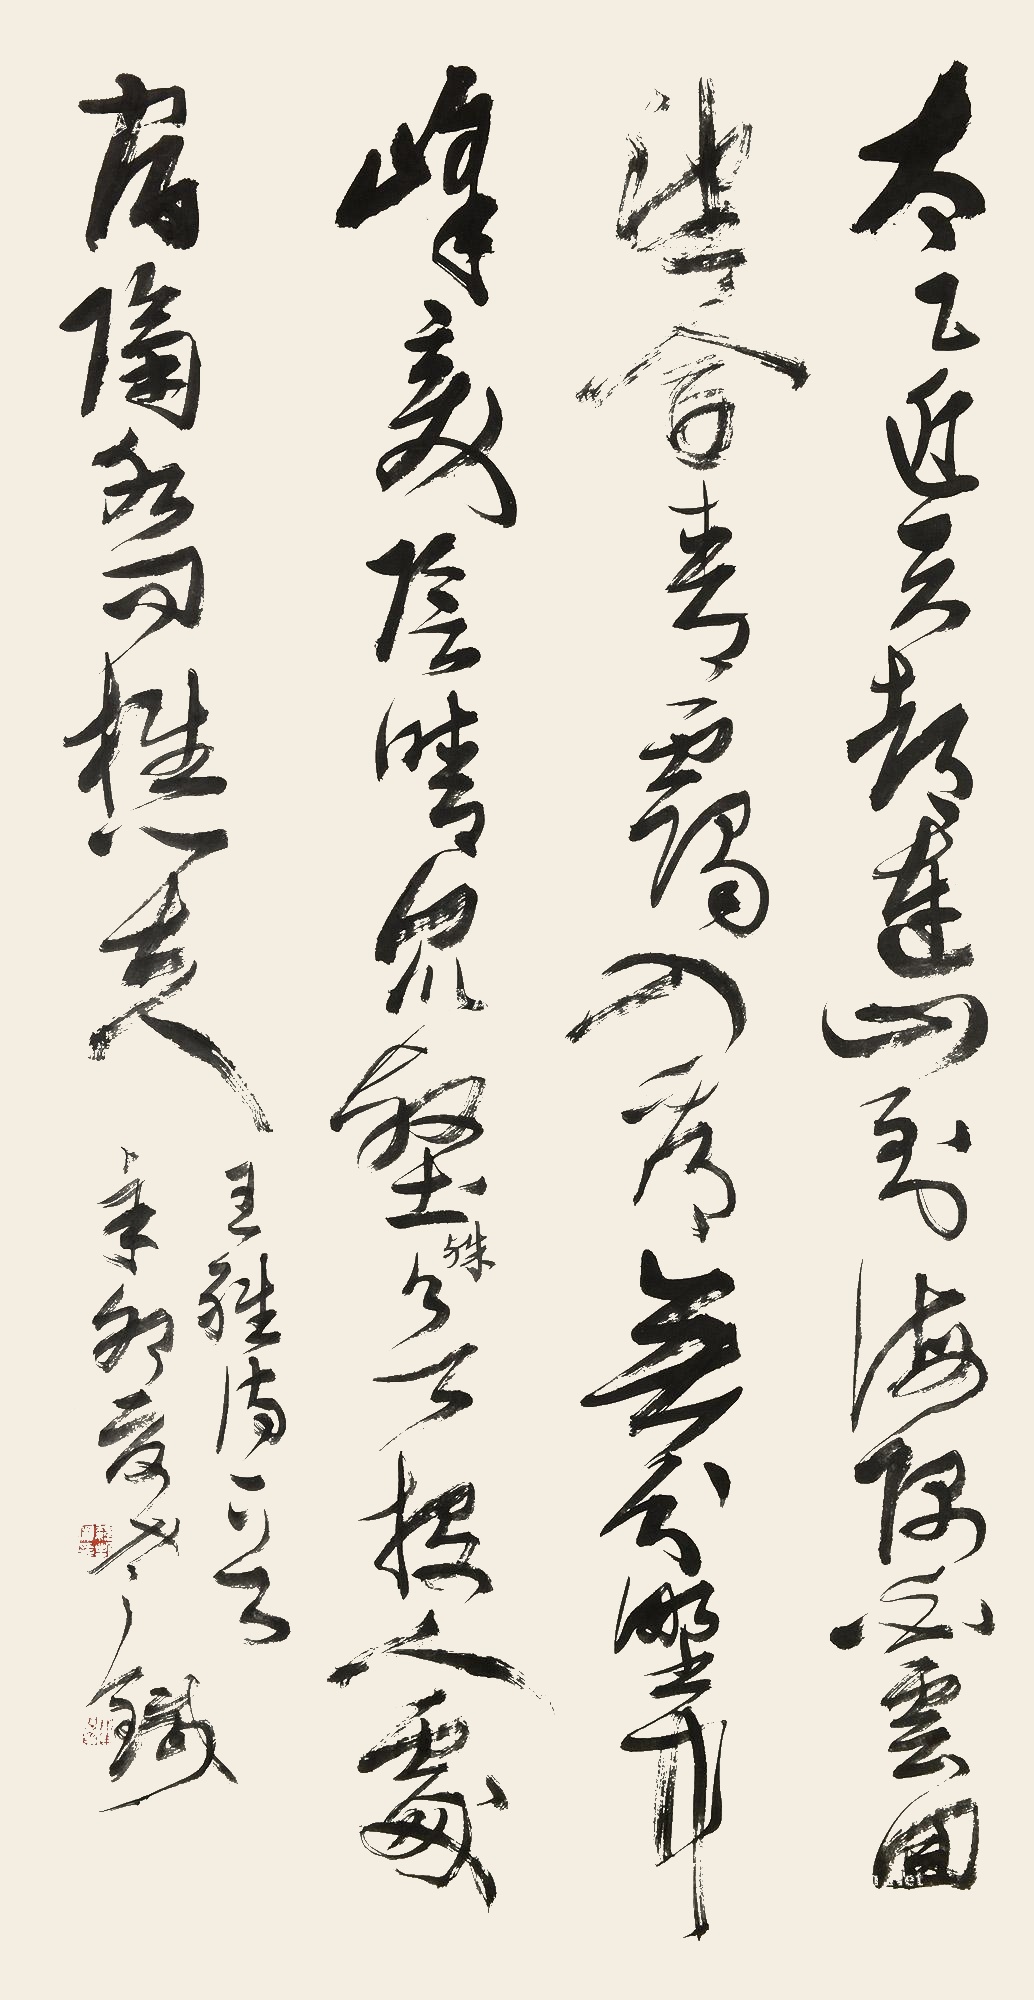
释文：太乙近天都，连山接海隅，白云回望合，青霭入看无，分野中峰变，阴晴众壑殊，欲投人处宿，隔水问樵夫。王维诗一首辛卯夏老铁。